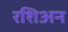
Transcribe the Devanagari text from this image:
रशिअन